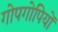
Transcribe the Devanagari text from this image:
गोपगोपियों